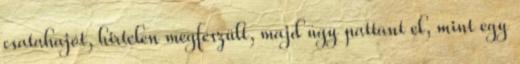
csatahajót, hirtelen megfeszült, majd úgy pattant el, mint egy